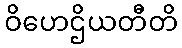
ဝိဟေဌိယတီတိ